Lunatic asylums Madras 1877-1891 - 1877-1891
Year: 1877
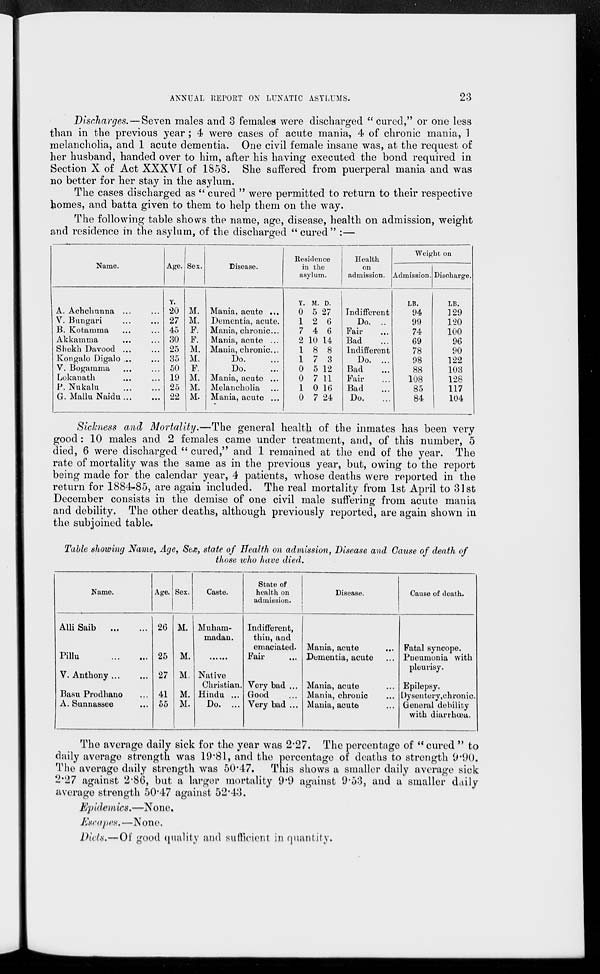
ANNUAL REPORT ON LUNATIC ASYLUMS.
23
Discharges.—Seven males and 3 females were discharged "cured," or one less
than in the previous year; 4 were cases of acute mania, 4 of chronic mania, 1
melancholia, and 1 acute dementia. One civil female insane was, at the request of
her husband, handed over to him, after his having executed the bond required in
Section X of Act XXXVI of 1858. She suffered from puerperal mania and was
no better for her stay in the asylum.
The cases discharged as " cured " were permitted to return to their respective
homes, and batta given to them to help them on the way.
The following table shows the name, age, disease, health on admission, weight
and residence in the asylum, of the discharged " cured " :—
Name.
A. Achchunna ... ...
V. Bungari ... ...
B. Kotamma ... ...
Akkamma ... ...
Shekh Davood ... ...
Kongalo Digalo ... ...
V. Bogamma ... ...
Lokanath ... ...
P. Nukalu ... ...
G. Mallu Naidu ... ...
Age.
Y.
20
27
45
30
25
35
50
19
25
22
Sex.
M.
M.
P.
F.
M.
M.
F.
M.
M.
M.
Disease.
Mania, acute ...
Dementia, acute.
Mania, chronic...
Mania, acute ...
Mania, chronic...
Do. ...
Do. ...
Mania, acute ...
Melancholia ...
Mania, acute ...
Residence
in the
asylum.
Y.
0
1
7
2
1
1
0
0
1
0
M.
5
2
4
10
8
7
5
7
0
7
D.
27
6
6
14
8
3
12
11
16
24
Health
on
admission.
Indifferent
Do. ...
Fair ...
Bad ...
Indifferent
Do. ...
Bad ...
Fair ...
Bad ...
Do. ...
Weight on
Admission.
LB.
94
99
74
69
78
98
88
108
85
84
Discharge.
LB.
129
120
100
96
90
122
103
128
117
104
Sickness and Mortality.—The general health of the inmates has been very
good: 10 males and 2 females came under treatment, and, of this number, 5
died, 6 were discharged " cured," and 1 remained at the end of the year. The
rate of mortality was the same as in the previous year, but, owing to the report
being made for the calendar year, 4 patients, whose deaths were reported in the
return for 1884-85, are again included. The real mortality from 1st April to 31st
December consists in the demise of one civil male suffering from acute mania
and debility. The other deaths, although previously reported, are again shown in
the subjoined table.
Table showing Name, Age, Sex, state of Health on admission, Disease and Cause of death of
those who have died.
Name.
Alli Saib ... ...
Pillu ... ...
V. Anthony ... ...
Basu Prodhano ...
A. Sunnassee ...
Age.
26
25
27
41
55
Sex.
M.
M.
M.
M.
M.
Caste.
Muham-
madan.
......
Native
Christian.
Hindu ...
Do. ...
State of
health on
admission.
Indifferent,
thin, and
emaciated.
Fair ...
Very bad ...
Good ...
Very bad ...
Disease.
Mania, acute
...
Dementia, acute ...
Mania, acute ...
Mania, chronic ...
Mania, acute ...
Cause of death.
Fatal syncope.
Pneumonia with
pleurisy.
Epilepsy.
Dysentery, chronic.
General debility
with diarrhœa.
The average daily sick for the year was 2.27. The percentage of " cured " to
daily average strength was 19.81, and the percentage of deaths to strength 9.90.
The average daily strength was 50.47. This shows a smaller daily average sick
2.27 against 2.86, but a larger mortality 9.9 against 9.53, and a smaller daily
average strength 50.47 against 52.43.
Epidemics.—None.
Escapes. —None.
Diets.—Of good quality and sufficient in quantity.